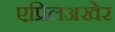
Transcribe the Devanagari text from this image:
एप्रिलअखेर